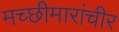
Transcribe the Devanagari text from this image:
मच्छीमारांचीर